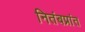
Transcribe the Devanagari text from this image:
नितंबप्रांत